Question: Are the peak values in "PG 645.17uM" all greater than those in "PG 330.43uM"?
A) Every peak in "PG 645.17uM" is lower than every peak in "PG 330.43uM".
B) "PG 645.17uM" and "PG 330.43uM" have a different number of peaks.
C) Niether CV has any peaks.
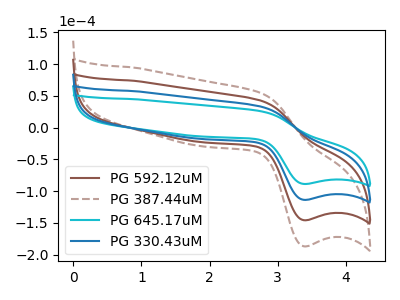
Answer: <think>The brown curve "PG 592.12uM" has an anodic peak at (2.75V, 66.65uA) and a cathodic peak at (3.40V, -227.30uA). The brown dashed curve "PG 387.44uM" has an anodic peak at (2.75V, 100.00uA) and a cathodic peak at (3.40V, -341.00uA). The cyan curve "PG 645.17uM" has an anodic peak at (2.75V, 26.00uA) and a cathodic peak at (3.40V, -88.65uA). The blue curve "PG 330.43uM" has an anodic peak at (2.75V, 33.35uA) and a cathodic peak at (3.40V, -113.65uA).</think>
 <answer>A) Every peak in "PG 645.17uM" is lower than every peak in "PG 330.43uM".</answer>
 <eval>A</eval>